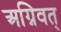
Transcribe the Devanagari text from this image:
अग्निवत्